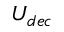
U _ { d e c }